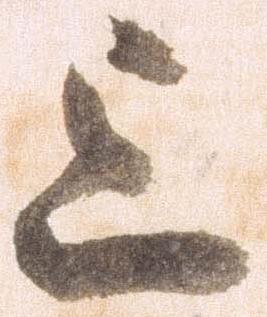
上